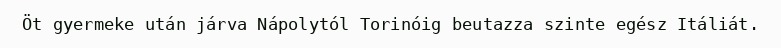
Öt gyermeke után járva Nápolytól Torinóig beutazza szinte egész Itáliát.